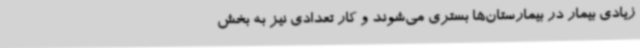
زیادی بیمار در بیمارستان‌ها بستری می‌شوند و کار تعدادی نیز به بخش